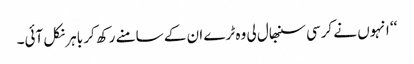
‘‘ انہوں نے کرسی سنبھال لی وہ ٹرے ان کے سامنے رکھ کر باہر نکل آئی۔